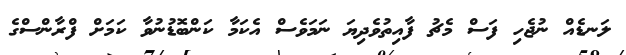
ލަނޑެއް ނުޖެހި ފަސް މެޗު ފާއިތުވެދިޔަ ނަމަވެސް އެކަމާ ކަންބޮޑުނުވާ ކަމަށް ފްރާންސްގެ